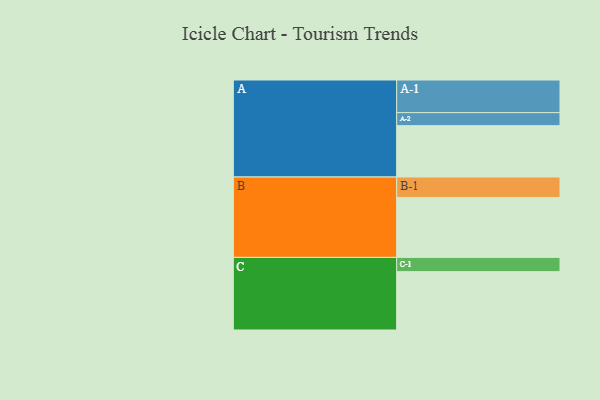
{"axis": {"x": "Segment", "y": "Value"}, "legend": ["", "A", "B", "C"], "data": [{"x": "A", "y": 429, "type": ""}, {"x": "B", "y": 501, "type": ""}, {"x": "C", "y": 488, "type": ""}, {"x": "A-1", "y": 273, "type": "A"}, {"x": "A-2", "y": 109, "type": "A"}, {"x": "B-1", "y": 171, "type": "B"}, {"x": "C-1", "y": 119, "type": "C"}]}